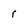
Character: r